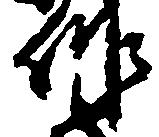
作